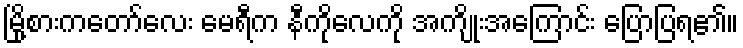
မြို့စားကတော်လေး မေရီက နီကိုလေကို အကျိုးအကြောင်း ပြောပြရ၏။